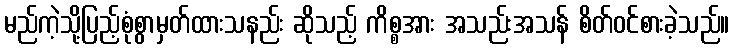
မည်ကဲ့သို့ပြည့်စုံစွာမှတ်ထားသနည်း ဆိုသည့် ကိစ္စအား အသည်းအသန် စိတ်ဝင်စားခဲ့သည်။